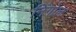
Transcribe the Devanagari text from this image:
निंगोल